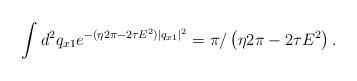
LaTeX: \begin{align*}\int d^2q_{x1}e^{ -( \eta 2\pi - 2\tau E^2 ) |q_{x1}|^2 }=\pi/ \left ( \eta 2\pi - 2\tau E^2 \right ).\end{align*}